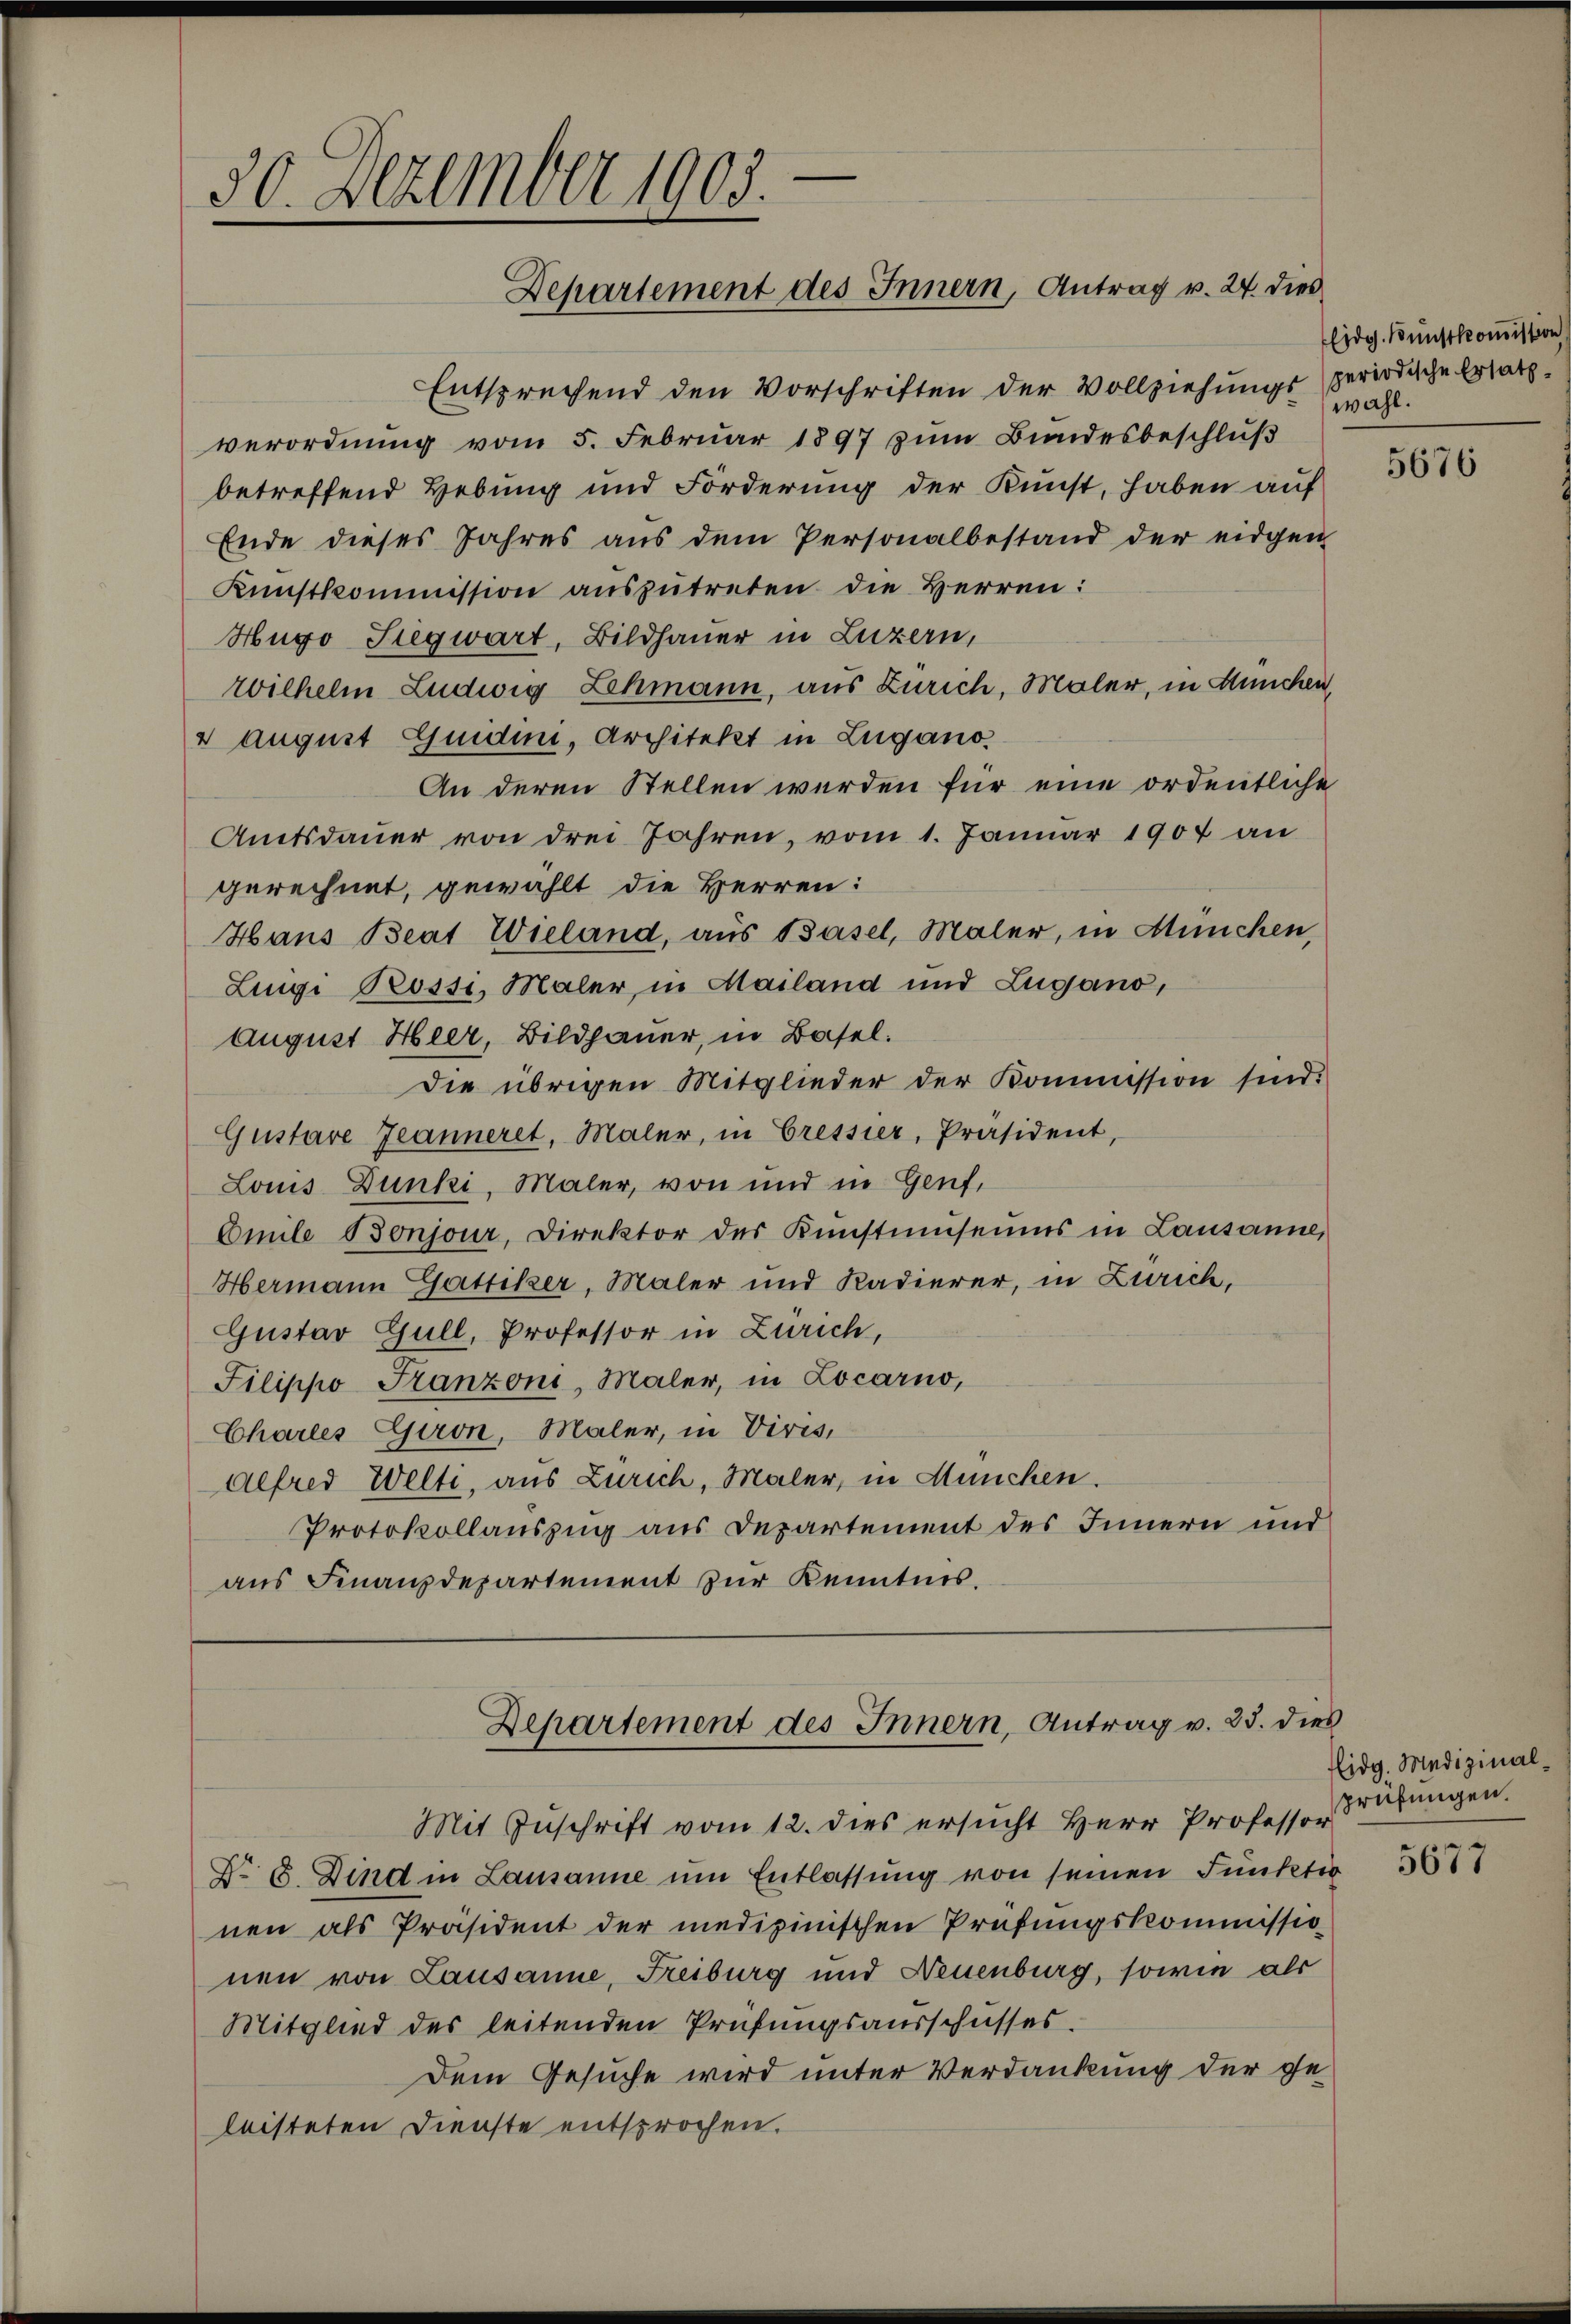
—
30. Dezember 1905.
Departement des Innern, Antrag v. 24. dies

Entsprechend den Vorschriften der Vollziehungsperiodische Ersatzverordnung vom 5. Februar 1897 zum Bundesbeschluß
betreffend Hebung und Forderung der Kunst, haben auf
Ende dieses Jahres aus dem Personalbestand der eidgen
Kunstkommission auszutreten die Herren:
Hugo Siegwart, Bildhauer in Luzern,
rvilhelm Ludwig Lehmann, aus Zürich, Maler, in München,
4 August Guidini, Architekt in Lugano
An deren Stellen werden für eine ordentliche
Amtsdauer von drei Jahren, vom 1. Januar 1907 an
gerechnet, gewählt die Herren:
Haus Beat Wieland, aus Basel, Maler, in München,
Lingi Possi, Maler in Mailand und Zugano,
August Heer, Bildhauer, in Basel.
die übrigen Mitglieder der Kommission sind.
Gustare Jeanneret, Maler, in Cressier, Präsident,
Louis Dunki, Maler, von und in Genf,
Omile Bonjour, Direktor des Kŭnstmuseums in Lausanne,
Hermann Gattiker, Maler und Kadierer, in Zürich,
Gustav Gull, Professor in Zürich,
Filippo Franzoni, Maler, in Locarno,
Charles Giron, Maler, in Vivis,
alfred Welti, aus Zürich, Maler, in München.
Protokollauszug aus Departement des Innern und
aus Finanzdepartement zur Kenntnis.

Departement des Innern, Antrag v. 25. dies

Mit Zuschrift vom 12. dies ersucht Herr Professor
No. 8. Dind in Lausanne um Entlassung von seinen Funketio
nen als Präsident der medizinischen Prüfungskommissio
nen von Lausanne, Freiburg und Neuenburg, sowie als
Mitglied des leitenden Prüfungsausschusses.
Dem Gesuche wird unter Verdankung der geleisteten Dienste entsprochen.

Eidg. Kunstkomission
wahl.

5676

lidg. Medizinalprüfungen.

5677